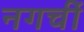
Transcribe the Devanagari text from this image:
नगर्ची